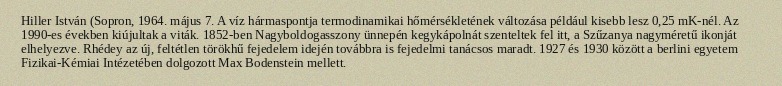
Hiller István (Sopron, 1964. május 7. A víz hármaspontja termodinamikai hőmérsékletének változása például kisebb lesz 0,25 mK-nél. Az 1990-es években kiújultak a viták. 1852-ben Nagyboldogasszony ünnepén kegykápolnát szenteltek fel itt, a Szűzanya nagyméretű ikonját elhelyezve. Rhédey az új, feltétlen törökhű fejedelem idején továbbra is fejedelmi tanácsos maradt. 1927 és 1930 között a berlini egyetem Fizikai-Kémiai Intézetében dolgozott Max Bodenstein mellett.